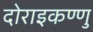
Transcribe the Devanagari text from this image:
दोराइकण्णु